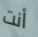
أنت